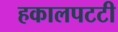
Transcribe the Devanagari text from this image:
हकालपटटी